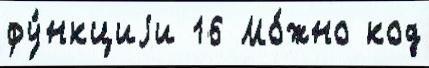
фу́нкциjи 16 Мо́жно код